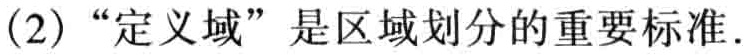
（2）“定义域”是区域划分的重要标准.